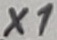
Text: X1